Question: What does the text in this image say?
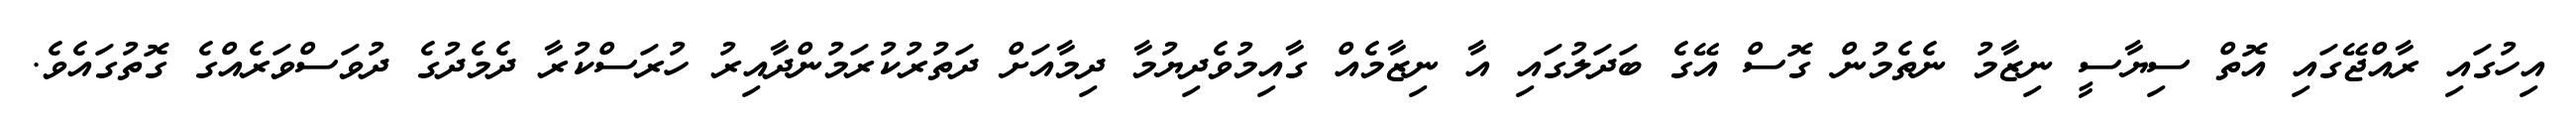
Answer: އިހުގައި ރާއްޖޭގައި އޮތް ސިޔާސީ ނިޒާމު ނެތެމުން ގޮސް އޭގެ ބަދަލުގައި އާ ނިޒާމެއް ގާއިމުވެދިޔުމާ ދިމާއަށް ދަތުރުކުރަމުންދާއިރު ހުރަސްކުރާ ދެމެދުގެ ދުވަސްވަރެއްގެ ގޮތުގައެވެ.